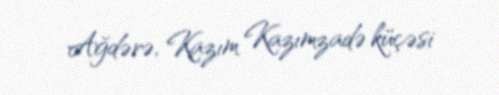
Ağdərə, Kazım Kazımzadə küçəsi